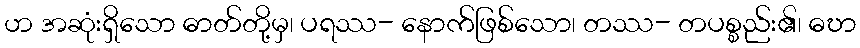
ဟ အဆုံးရှိသော ဓာတ်တို့မှ၊ ပရဿ- နောက်ဖြစ်သော၊ တဿ- တပစ္စည်း၏၊ ဓဎာ